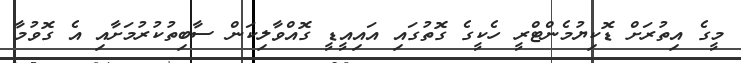
މީގެ އިތުރަށް ޑޮކިޔުމެންޓްރީ ހެކީގެ ގޮތުގައި އައިއީޑީ ގޮއްވާލިކަން ސާބިތުކުރުމަށާއި އެ ގޮވުމާ